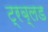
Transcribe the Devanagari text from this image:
ट्रब्लड